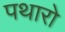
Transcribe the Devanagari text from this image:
पथारो